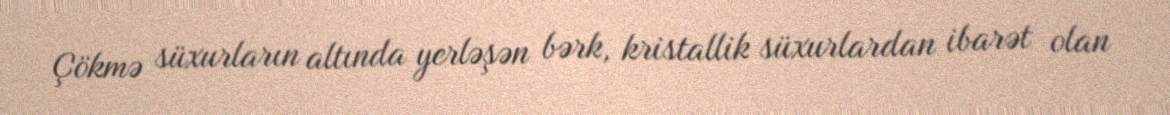
Çökmə süxurların altında yerləşən bərk, kristallik süxurlardan ibarət olan